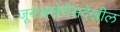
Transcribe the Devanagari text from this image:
जूनअखेरीसदेखील